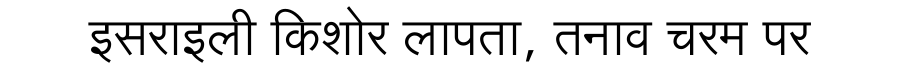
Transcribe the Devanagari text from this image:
इसराइली किशोर लापता, तनाव चरम पर